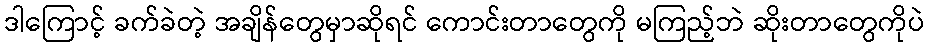
ဒါကြောင့် ခက်ခဲတဲ့ အချိန်တွေမှာဆိုရင် ကောင်းတာတွေကို မကြည့်ဘဲ ဆိုးတာတွေကိုပဲ